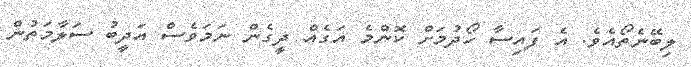
ލިބޭނެތޯއެވެ. އެ ފައިސާ ހޯދުމަށް ކޮންމެ އަގެއް ދީގެން ނަމަވެސް އަދީބު ސަލާމަތުން